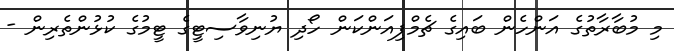
މި މުބާރާތުގެ އަންހެން ބައިގެ ޗެމްޕިއަންކަން ހޯދި ޔުނިވާސިޓީގެ ޓީމުގެ ކުޅުންތެރިން -